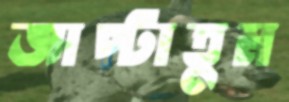
জাপ্‌টাতুম